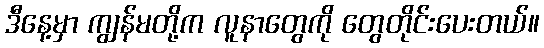
ဒီနေ့မှာ ကျွန်မတို့က လူနာတွေကို တွေတိုင်းပေးတယ်။